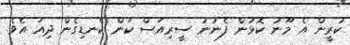
ކުރީން އެ މޫނު ކޮޅުން ފެނުނު ސީރިއަސް ކަން ކެނޑިގެން ދިއަ އެވެ.